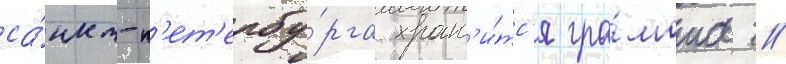
са́нкт-п'ет'ербу́рга хран'и́тс'я гра́мота /